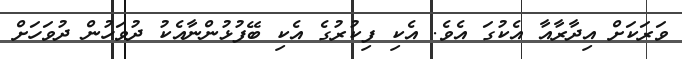
ވަރަކަށް އިދާރާއާ އެކުގަ އެވެ. އެކި ފިކުރުގެ އެކި ބޭފުޅުންނާއެކު ދުވަހުން ދުވަހަށް